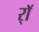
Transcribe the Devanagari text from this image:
र्‍ाॅ